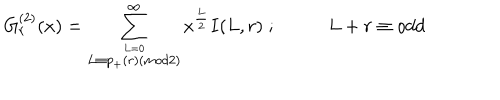
LaTeX: G _ { r } ^ { ( 2 ) } ( x ) = \sum _ { \stackrel { L = 0 } { L \equiv p _ { + } ( r ) ( m o d 2 ) } } ^ { \infty } x ^ { \frac { L } { 2 } } I ( L , r ) \; ; \; L + r \equiv o d d